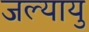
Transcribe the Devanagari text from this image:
जल्यायु